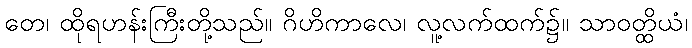
တေ၊ ထိုရဟန်းကြီးတို့သည်။ ဂိဟိကာလေ၊ လူ့လက်ထက်၌။ သာဝတ္ထိယံ၊